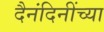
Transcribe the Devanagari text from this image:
दैनंदिनींच्या